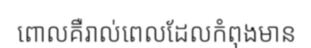
ពោលគឺរាល់ពេលដែលកំពុងមាន